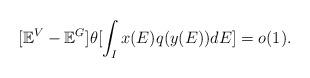
LaTeX: \begin{align*} [\mathbb{E}^V-\mathbb{E}^G] \theta[\int_I x(E)q(y(E))dE]=o(1).\end{align*}